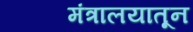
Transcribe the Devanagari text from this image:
मंत्रालयातून